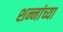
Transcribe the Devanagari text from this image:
शन्नांच्या